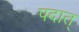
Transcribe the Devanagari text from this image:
पदात्